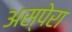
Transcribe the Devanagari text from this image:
अस्पेरा